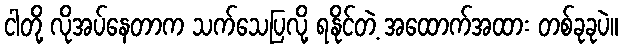
ငါတို့ လိုအပ်နေတာက သက်သေပြလို့ ရနိုင်တဲ့ အထောက်အထား တစ်ခုခုပဲ။